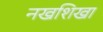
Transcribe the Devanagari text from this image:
नखशिखा